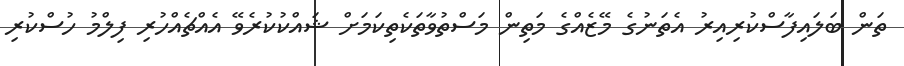
ތަން ބަލައިފާސްކުރިއިރު އެތަނުގެ މޭޒެއްގެ މަތިން މަސްތުވާތަކެތިކަމަށް ޝައްކުކުރެވޭ އެއްޗެއްހުރި ފިލްމު ހުސްކުރި